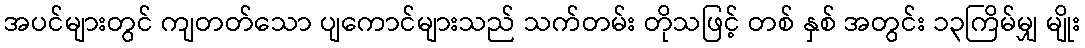
အပင်များတွင် ကျတတ်သော ပျကောင်များသည် သက်တမ်း တိုသဖြင့် တစ် နှစ် အတွင်း ၁၃ကြိမ်မျှ မျိုး